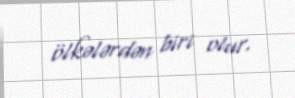
ölkələrdən biri olur.